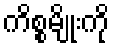
ကိစ္စမျိုးကို